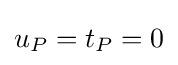
u_{P}=t_{P}=0